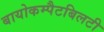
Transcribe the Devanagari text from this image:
बायोकम्पैटबिलटी